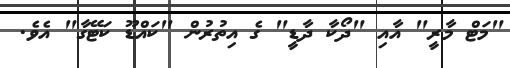
"މަޓް މާރީ" އާއި "ދޯކާ ދާޑީ" ގެ އިތުރުން "ކައްޑޫ ކަޓޭގާ" އެވެ.